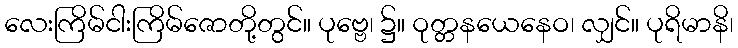
လေးကြိမ်ငါးကြိမ်ဇောတို့တွင်။ ပုဗ္ဗေ၊ ၌။ ဝုတ္တနယေနေဝ၊ လျှင်။ ပုရိမာနိ၊